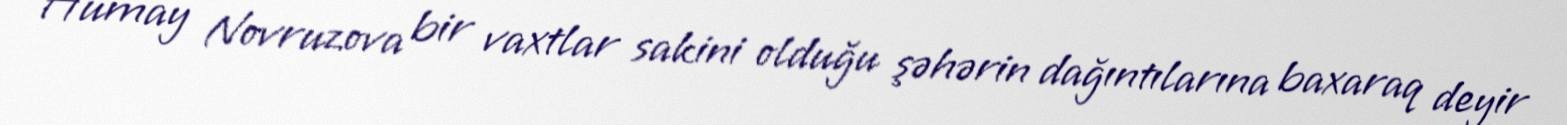
Humay Novruzova bir vaxtlar sakini olduğu şəhərin dağıntılarına baxaraq deyir